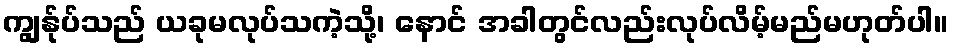
ကျွန်ုပ်သည် ယခုမလုပ်သကဲ့သို့၊ နောင် အခါတွင်လည်းလုပ်လိမ့်မည်မဟုတ်ပါ။